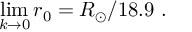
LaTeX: \operatorname * { l i m } _ { k \to 0 } r _ { 0 } = R _ { \odot } / 1 8 . 9 \ .